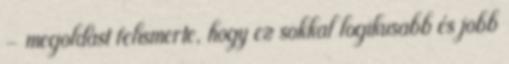
- megoldást felismerte, hogy ez sokkal logikusabb és jobb